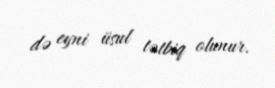
də eyni üsul tətbiq olunur.